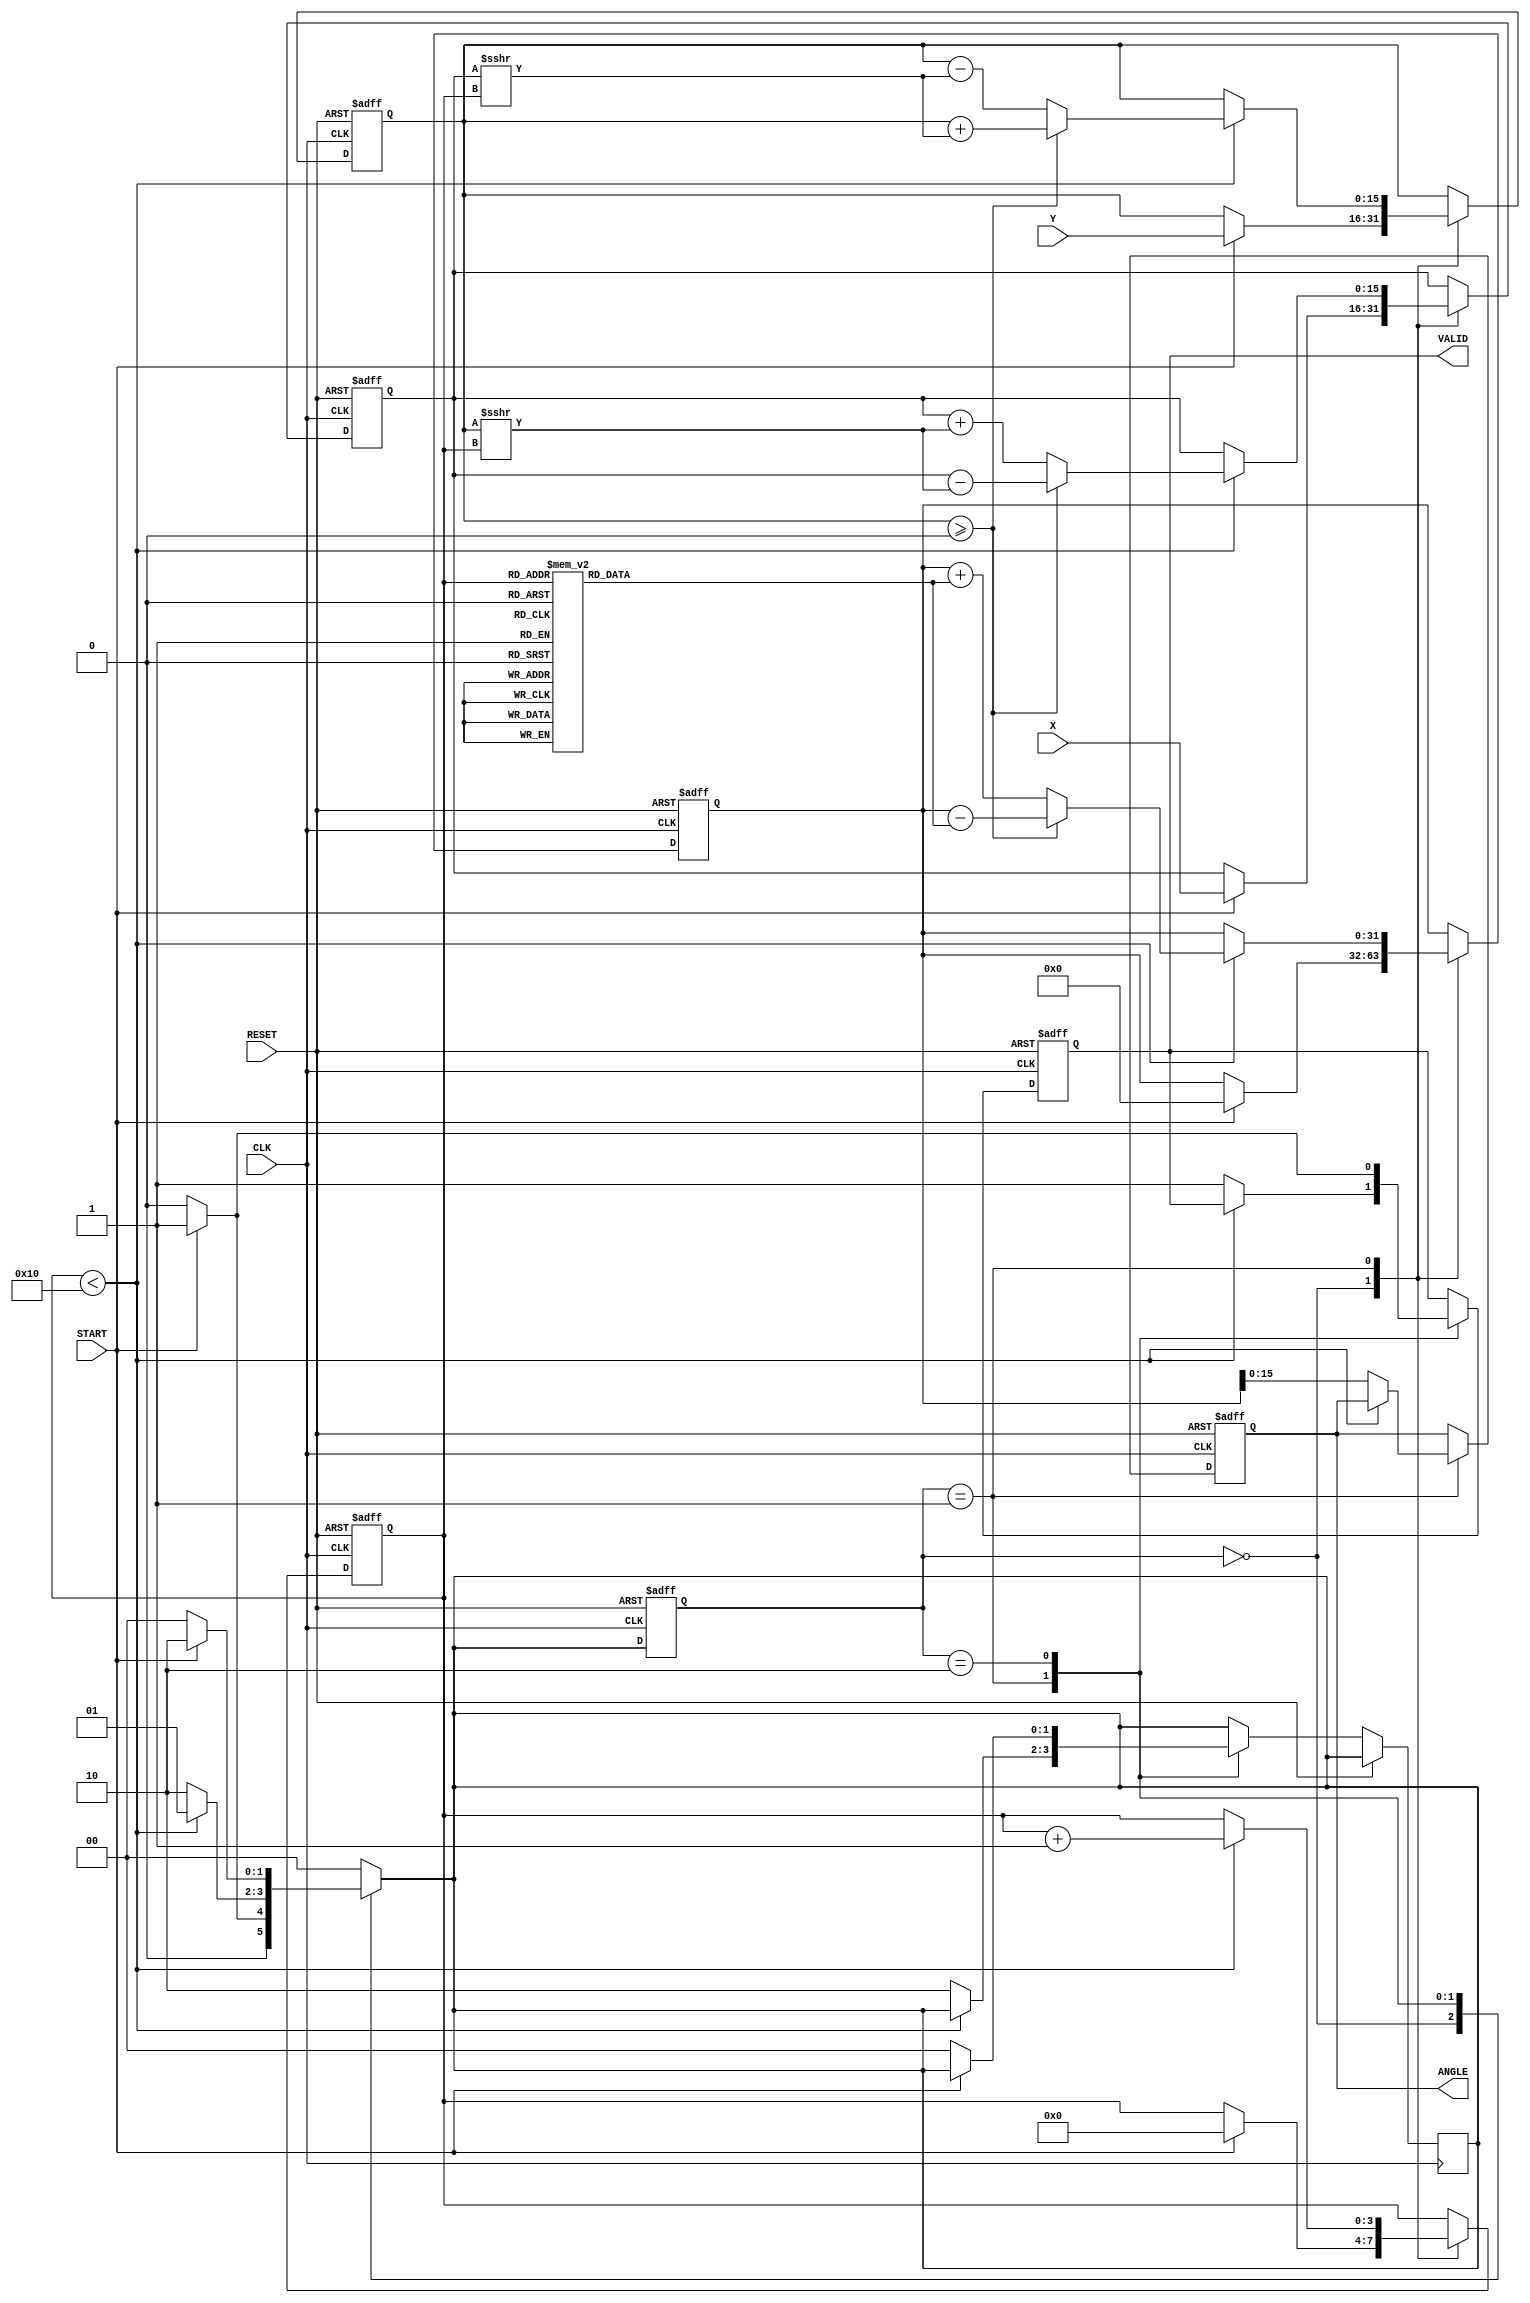
module vectoring_cordic (
    input signed [15:0] X,        // X-coordinate input
    input signed [15:0] Y,        // Y-coordinate input
    input CLK,                    // Clock signal
    input RESET,                  // Asynchronous reset
    input START,                  // Start signal
    output reg signed [15:0] ANGLE, // Computed angle output
    output reg VALID              // Valid output signal
);

    // Internal parameters
    parameter NUM_ITERATIONS = 16; // Number of iterations
    reg signed [15:0] X_reg, Y_reg; // Registers for X and Y
    reg signed [31:0] Z;            // Accumulating angle value
    reg [3:0] iter;                 // Iteration counter
    reg [1:0] state;                // State machine
    reg [1:0] next_state;           // Next state for FSM

    // CORDIC angle lookup table (fixed-point representation)
    reg signed [15:0] atan_table [0:NUM_ITERATIONS-1];
    initial begin
        atan_table[0] = 16'h2000; // atan(2^0) = 45 degrees
        atan_table[1] = 16'h1000; // atan(2^-1) = 26.565 degrees
        atan_table[2] = 16'h0800; // atan(2^-2) = 14.036 degrees
        atan_table[3] = 16'h0400; // atan(2^-3) = 7.125 degrees
        atan_table[4] = 16'h0200; // atan(2^-4) = 3.576 degrees
        atan_table[5] = 16'h0100; // atan(2^-5) = 1.789 degrees
        atan_table[6] = 16'h0080; // atan(2^-6) = 0.895 degrees
        atan_table[7] = 16'h0040; // atan(2^-7) = 0.447 degrees
        atan_table[8] = 16'h0020; // atan(2^-8) = 0.223 degrees
        atan_table[9] = 16'h0010; // atan(2^-9) = 0.112 degrees
        atan_table[10] = 16'h0008; // atan(2^-10) = 0.056 degrees
        atan_table[11] = 16'h0004; // atan(2^-11) = 0.028 degrees
        atan_table[12] = 16'h0002; // atan(2^-12) = 0.014 degrees
        atan_table[13] = 16'h0001; // atan(2^-13) = 0.007 degrees
        atan_table[14] = 16'h0000; // atan(2^-14) = 0.003 degrees
        atan_table[15] = 16'h0000; // atan(2^-15) = 0.001 degrees
    end

    // State machine states
    localparam IDLE = 2'b00;
    localparam COMPUTE = 2'b01;
    localparam DONE = 2'b10;

    // State machine and iteration control
    always @(posedge CLK or posedge RESET) begin
        if (RESET) begin
            state <= IDLE;
            ANGLE <= 0;
            VALID <= 0;
            iter <= 0;
            X_reg <= 0;
            Y_reg <= 0;
            Z <= 0;
        end else begin
            state <= next_state;
            case (state)
                IDLE: begin
                    if (START) begin
                        X_reg <= X;
                        Y_reg <= Y;
                        Z <= 0;
                        iter <= 0;
                    end
                end
                COMPUTE: begin
                    if (iter < NUM_ITERATIONS) begin
                        if (Y_reg >= 0) begin
                            // Clockwise rotation
                            X_reg <= X_reg - (Y_reg >>> iter);
                            Y_reg <= Y_reg + (X_reg >>> iter);
                            Z <= Z - atan_table[iter];
                        end else begin
                            // Counter-clockwise rotation
                            X_reg <= X_reg + (Y_reg >>> iter);
                            Y_reg <= Y_reg - (X_reg >>> iter);
                            Z <= Z + atan_table[iter];
                        end
                        iter <= iter + 1;
                    end else begin
                        ANGLE <= Z[15:0]; // Output the angle
                        VALID <= 1;       // Set valid flag
                        next_state <= DONE;
                    end
                end
                DONE: begin
                    VALID <= 1; // Keep valid high
                    if (!START) begin
                        next_state <= IDLE; // Go back to idle
                        VALID <= 0;         // Reset valid flag
                    end
                end
            endcase
        end
    end

    // Next state logic
    always @(*) begin
        case (state)
            IDLE: next_state = (START) ? COMPUTE : IDLE;
            COMPUTE: next_state = (iter < NUM_ITERATIONS) ? COMPUTE : DONE;
            DONE: next_state = (!START) ? IDLE : DONE;
            default: next_state = IDLE;
        endcase
    end

endmodule